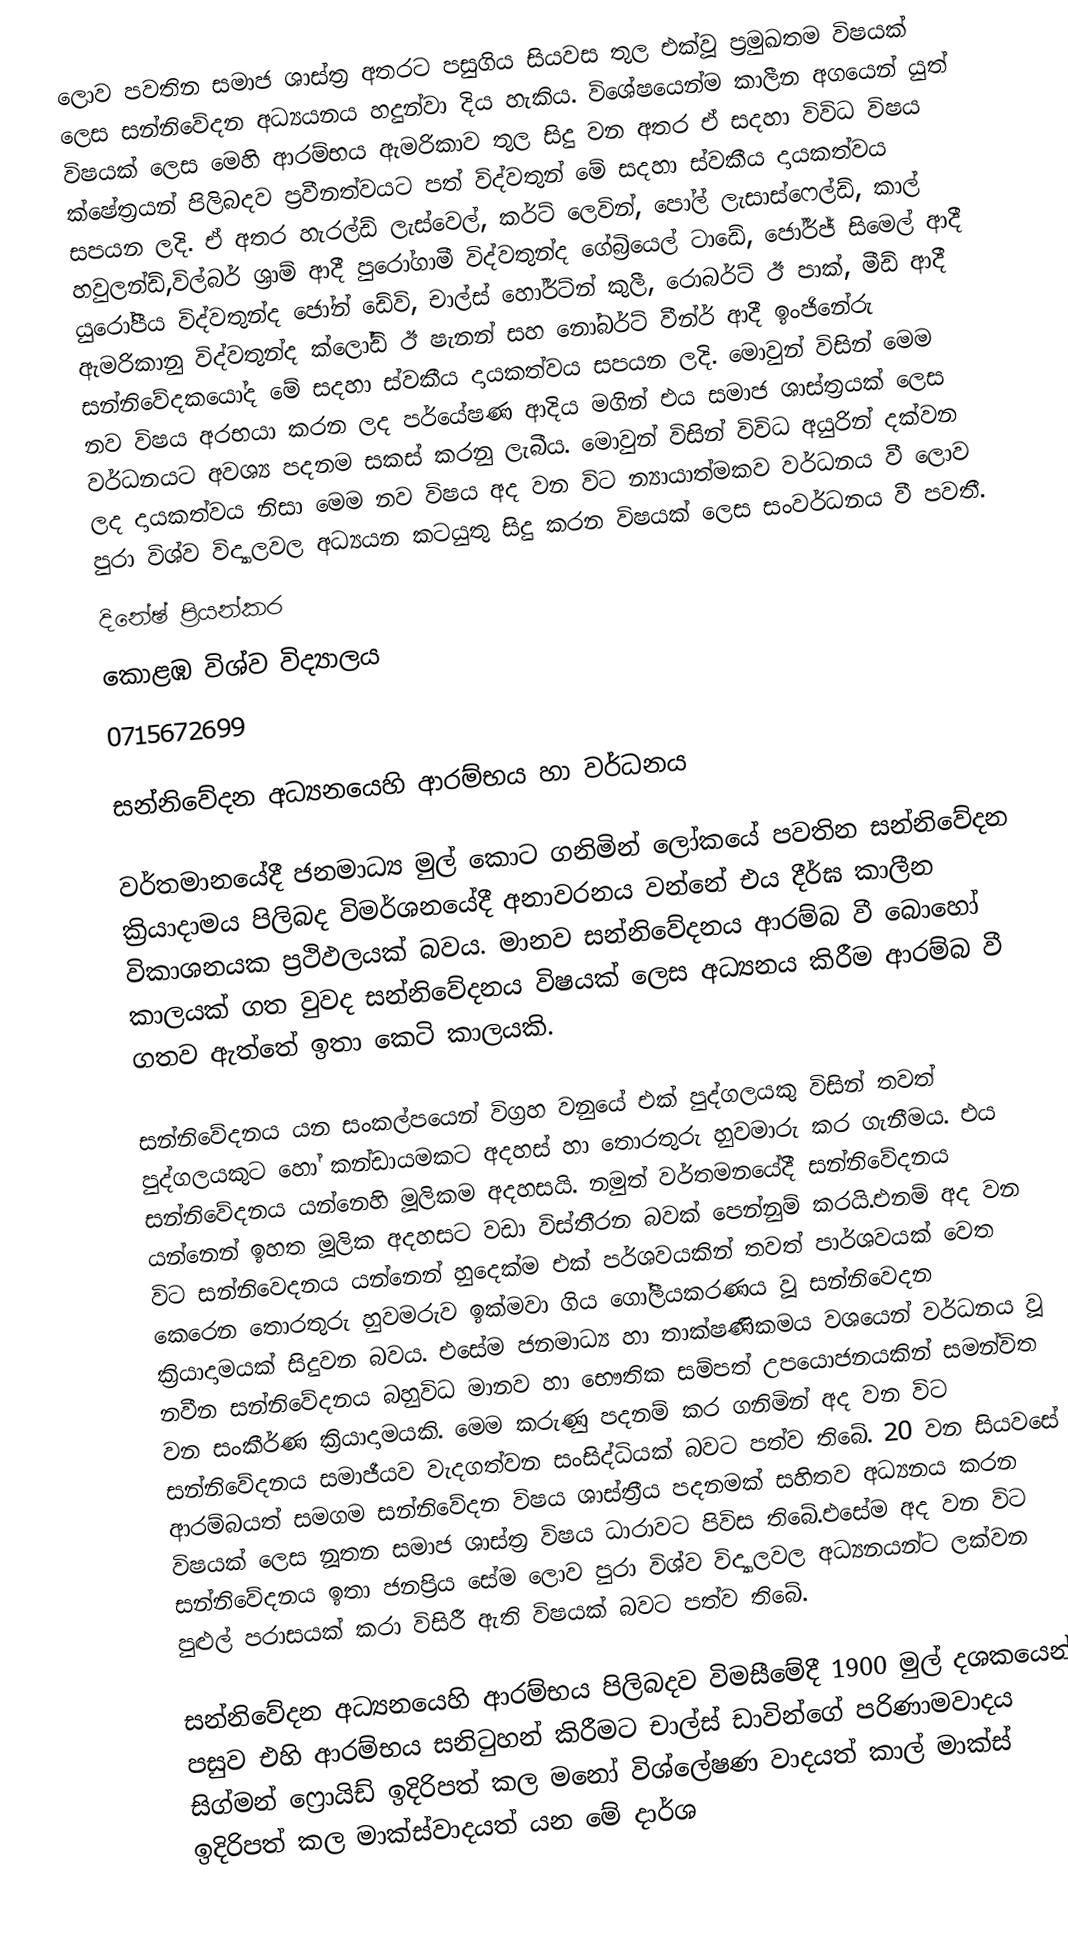
ලොව පවතින සමාජ ශාස්ත්‍ර අතරට පසුගිය සියවස තුල එක්වූ ප්‍රමුඛතම විෂයක් ලෙස සන්නිවේදන අධ්‍යයනය හදුන්වා දිය හැකිය. විශේෂයෙන්ම කාලීන අගයෙන් යුත් විෂයක් ලෙස මෙහි ආරම්භය ඇමරිකාව තුල සිදු වන අතර  ඒ සදහා විවිධ විෂය ක්ෂේත්‍රයන් පිලිබදව ප්‍රවීනත්වයට පත් විද්වතුන් මේ සදහා ස්වකීය දායකත්වය සපයන ලදි. ඒ අතර හැරල්ඩ් ලැස්වෙල්, කර්ට් ලෙවින්, පෝල් ලැසාස්ෆෙල්ඩ්, කාල් හවුලන්ඩ්,විල්බර් ශ්‍රාම් ආදී පුරෝගාමී විද්වතුන්ද ගේබ්‍රියෙල් ටාඩේ, ජෝර්ජ් සිමෙල් ආදී යුරෝපීය විද්වතුන්ද ජෝන් ඩේවි, චාල්ස් හෝර්ට්න් කුලී, රොබර්ට් ඊ පාක්, මීඩ් ආදී ඇමරිකානු විද්වතුන්ද ක්ලෝඩ් ඊ ෂැනන් සහ නෝබර්ට් වීන්ර් ආදී ඉංජිනේරු සන්නිවේදකයෝද  මේ සදහා ස්වකීය දායකත්වය සපයන ලදි. මොවුන් විසින් මෙම නව විෂය අරභයා කරන ලද පර්යේෂණ ආදිය මගින් එය සමාජ ශාස්ත්‍රයක් ලෙස වර්ධනයට අවශ්‍ය පදනම සකස් කරනු ලැබීය. මොවුන් විසින් විවිධ අයුරින් දක්වන ලද දායකත්වය නිසා මෙම නව විෂය අද වන විට න්‍යායාත්මකව වර්ධනය වී ලොව පුරා විශ්ව  විද්‍යාලවල අධ්‍යයන කටයුතු සිදු කරන විෂයක් ලෙස සංවර්ධනය වී පවතී.
දිනේෂ් ප්‍රියන්කර
කොළඹ විශ්ව විද්‍යාලය
0715672699

සන්නිවේදන අධ්‍යනයෙහි ආරම්භය හා වර්ධනය

වර්තමානයේදී ජනමාධ්‍ය මුල් කොට ගනිමින් ලෝකයේ පවතින සන්නිවේදන ක්‍රියාදාමය  පිලිබද විමර්ශනයේදී අනාවරනය වන්නේ එය දීර්ඝ කාලීන විකාශනයක ප්‍රථිඵලයක් බවය. මානව සන්නිවේදනය ආරම්බ වී බොහෝ කාලයක් ගත වුවද සන්නිවේදනය විෂයක් ලෙස අධ්‍යනය කිරීම ආරම්බ වී ගතව ඇත්තේ ඉතා කෙටි කාලයකි.

සන්නිවේදනය යන සංකල්පයෙන් විග්‍රහ වනුයේ එක් පුද්ගලයකු විසින් තවත් පුද්ගලයකුට හෝ කන්ඩායමකට අදහස් හා තොරතුරු හුවමාරු කර ගැනීමය. එය සන්නිවේදනය යන්නෙහි මූලිකම අදහසයි. නමුත් වර්තමනයේදී සන්නිවේදනය යන්නෙන් ඉහත මූලික අදහසට වඩා විස්තීරන බවක් පෙන්නුම් කරයි.එනම් අද වන විට සන්නිවෙදනය යන්නෙන් හුදෙක්ම එක් පර්ශවයකින් තවත් පාර්ශවයක් වෙත කෙරෙන තොරතුරු හුවමරුව ඉක්මවා ගිය ගෝලීයකරණය වූ සන්නිවෙදන ක්‍රියාදාමයක් සිදුවන බවය. එසේම ජනමාධ්‍ය හා තාක්ෂණිකමය වශයෙන් වර්ධනය වූ නවීන සන්නිවේදනය බහුවිධ මානව හා භෞතික සම්පත් උපයොජනයකින් සමන්විත වන සංකීර්ණ ක්‍රියාදාමයකි. මෙම කරුණු පදනම් කර ගනිමින් අද වන විට සන්නිවේදනය සමාජීයව වැදගත්වන සංසිද්ධියක් බවට පත්ව තිබේ. 20 වන සියවසේ ආරම්බයත් සමගම සන්නිවේදන විෂය ශාස්ත්‍රීය පදනමක් සහිතව අධ්‍යනය කරන විෂයක් ලෙස නූතන සමාජ ශාස්ත්‍ර විෂය ධාරාවට පිවිස තිබේ.එසේම අද වන විට සන්නිවේදනය ඉතා ජනප්‍රිය සේම  ලොව පුරා විශ්ව විද්‍යාලවල අධ්‍යනයන්ට ලක්වන පුළුල් පරාසයක් කරා විසිරී ඇති විෂයක් බවට පත්ව තිබේ.

සන්නිවේදන අධ්‍යනයෙහි ආරම්භය පිලිබදව විමසීමේදී 1900 මුල් දශකයෙන් පසුව එහි ආරම්භය සනි‍ටුහන් කිරීමට චාල්ස් ඩාවින්ගේ පරිණාමවාදය සිග්මන් ෆ්‍රොයිඩ් ඉදිරිපත් කල මනෝ විශ්ලේෂණ වාදයත් කාල් මාක්ස් ඉදිරිපත් කල මාක්ස්වාදයත් යන මේ දාර්ශ